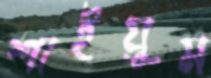
শাইয়ুম